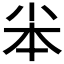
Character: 𡭦